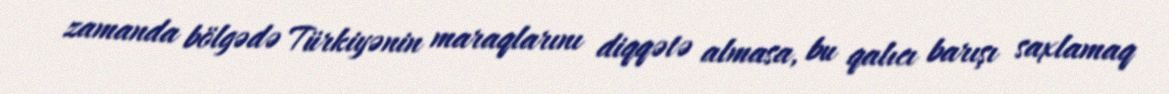
zamanda bölgədə Türkiyənin maraqlarını diqqətə almasa, bu qalıcı barışı saxlamaq